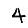
Digit: 4